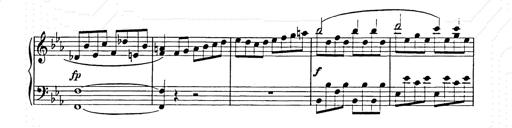
Title: Allegro di bravura
Composer: Carl Maria von Weber
Key: D major